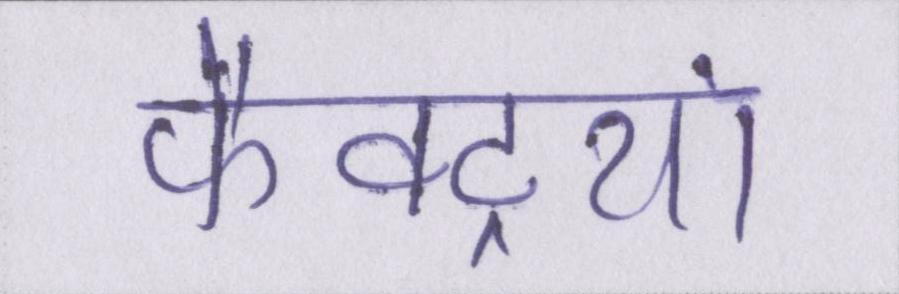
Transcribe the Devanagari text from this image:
फैक्ट्रियां